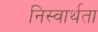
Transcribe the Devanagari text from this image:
निस्वार्थता